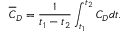
\overline { { C } } _ { D } = \frac { 1 } { t _ { 1 } - t _ { 2 } } \int _ { t _ { 1 } } ^ { t _ { 2 } } { C } _ { D } d t .